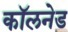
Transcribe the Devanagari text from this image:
कॉलनेड